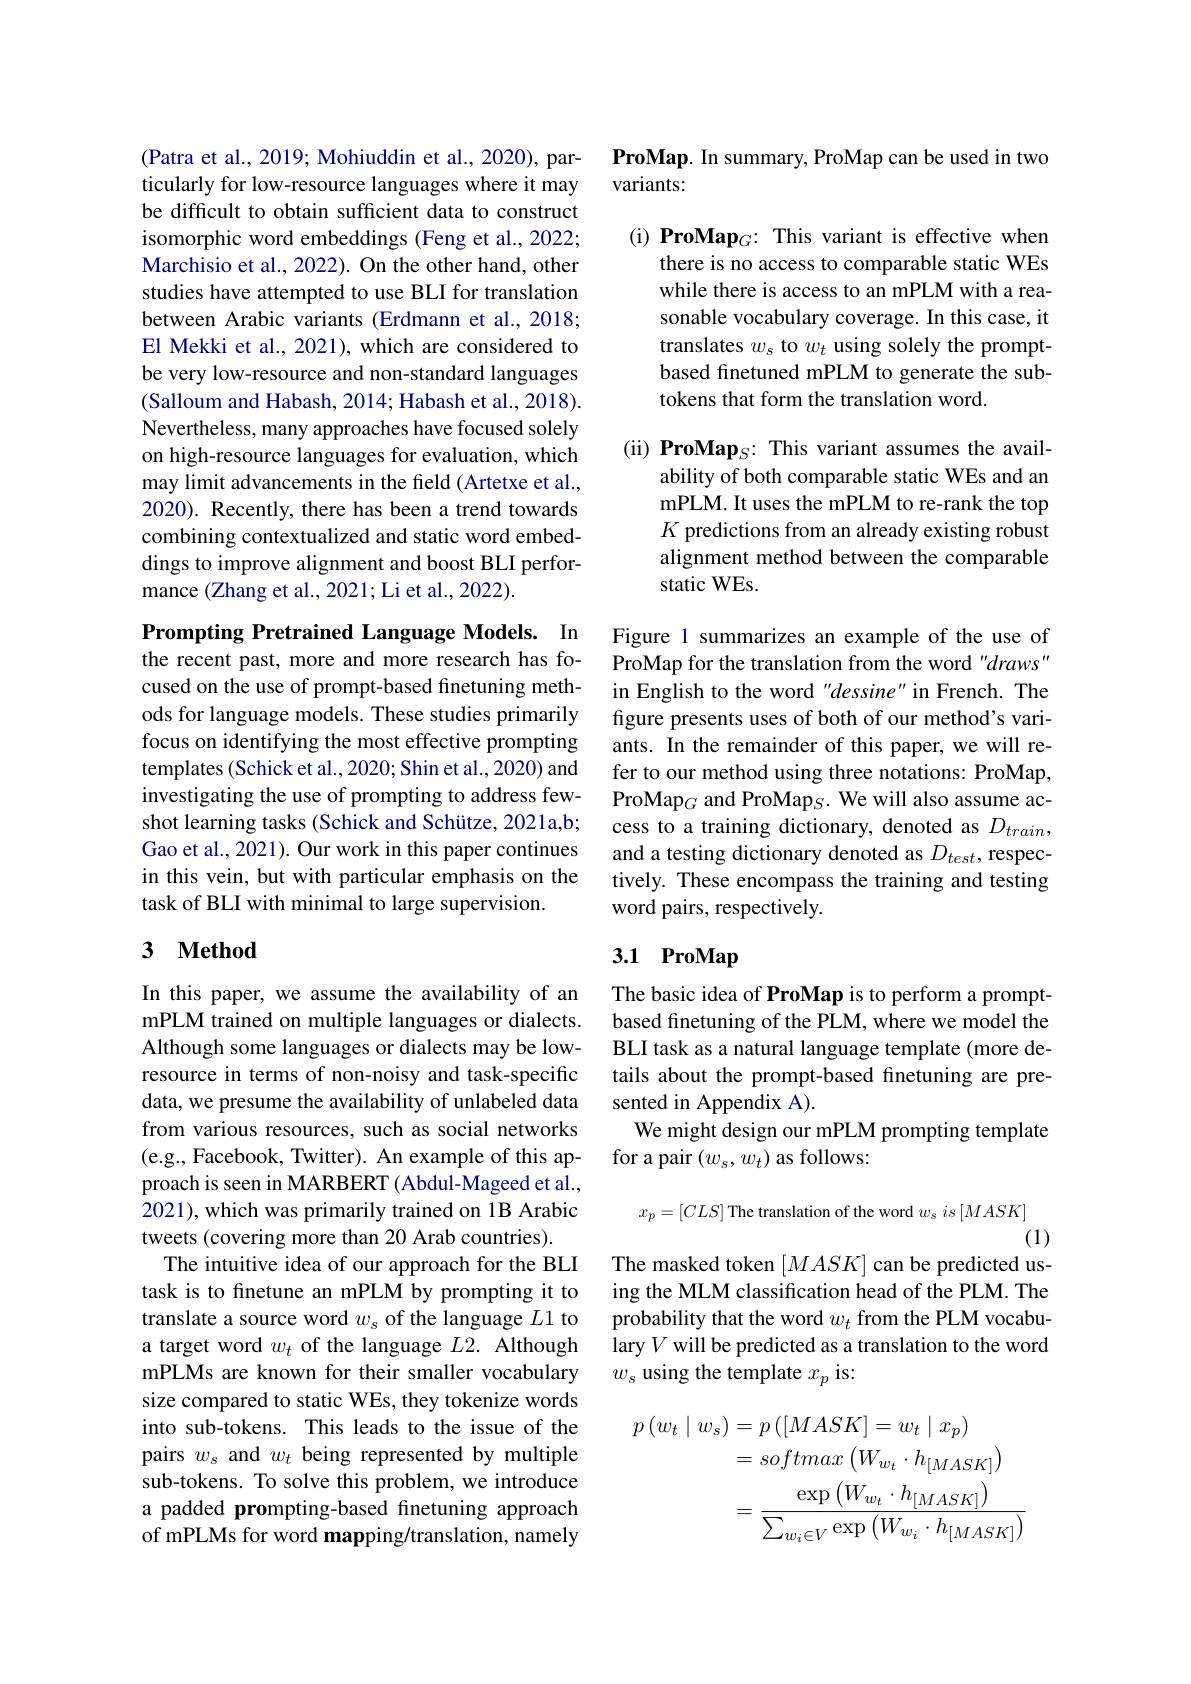
(Patra et al., 2019; Mohiuddin et al., 2020), particularly for low-resource languages where it may be difficult to obtain sufficient data to construct isomorphic word embeddings (Feng et al., 2022; Marchisio et al., 2022). On the other hand, other studies have attempted to use BLI for translation between Arabic variants (Erdmann et al., 2018; El Mekki et al., 2021), which are considered to be very low-resource and non-standard languages (Salloum and Habash, 2014; Habash et al., 2018). Nevertheless, many approaches have focused solely on high-resource languages for evaluation, which may limit advancements in the feld (Artetxe et al., 2020). Recently, there has been a trend towards combining contextualized and static word embeddings to improve alignment and boost BLI performance (Zhang et al., 2021; Li et al., 2022).

Prompting Pretrained Language Models. In

the recent past, more and more research has focused on the use of prompt-based finetuning methods for language models. These studies primarily focus on identifying the most effective prompting templates (Schick et al., 2020; Shin et al., 2020) and investigating the use of prompting to address fewshot learning tasks (Schick and Schütze, 2021a,b; Gao et al., 2021). Our work in this paper continues in this vein, but with particular emphasis on the task of BLI with minimal to large supervision.

### 3 $\mathbf{Method}$

In this paper, we assume the availability of an mPLM trained on multiple languages or dialects. Although some languages or dialects may be lowresource in terms of non-noisy and task-specific data, we presume the availability of unlabeled data from various resources, such as social networks (e.g., Facebook, Twitter). An example of this approach is seen in MARBERT (Abdul-Mageed et al., 2021), which was primarily trained on 1B Arabic tweets (covering more than 20 Arab countries).
The intuitive idea of our approach for the BLI task is to finetune an mPLM by prompting it to translate a source word $w_s$ of the language $L1$ to a target word $w_t$ of the language $L2.$ Although mPLMs are known for their smaller vocabulary size compared to static WEs, they tokenize words into sub-tokens. This leads to the issue of the pairs $w_s$ and $w_t$ being represented by multiple sub-tokens. To solve this problem, we introduce a padded prompting-based finetuning approach of mPLMs for word mapping/translation, namely

ProMap. In summary, ProMap can be used in two
variants:

(i) ProMap$_G:$ This variant is effective when
there is no access to comparable static WEs while there is access to an mPLM with a reasonable vocabulary coverage. In this case, it translates $w_s$ to $w_t$ using solely the promptbased finetuned mPLM to generate the subtokens that form the translation word.

(ii) ProMap$_S:$ This variant assumes the avail-
ability of both comparable static WEs and an mPLM. It uses the mPLM to re-rank the top $K$ predictions from an already existing robust alignment method between the comparable static WEs.

Figure 1 summarizes an example of the use of ProMap for the translation from the word "draws" in English to the word "dessine" in French. The figure presents uses of both of our method's variants. In the remainder of this paper, we will refer to our method using three notations: ProMap, ProMap$_G$ and ProMap$_S.$ We will also assume access to a training dictionary, denoted as $D_{train}$, and a testing dictionary denoted as $D_{test}$, respectively. These encompass the training and testing word pairs, respectively.

## 3.1 ProMap

The basic idea of ProMap is to perform a promptbased finetuning of the PLM, where we model the BLI task as a natural language template (more details about the prompt-based fnetuning are presented in Appendix A).
We might design our mPLM prompting template
for a pair $(w_s,w_t)$ as follows:
$$x_p=[CLS]\:\text{The translation of the word}\:w_s\:is\:[MASK]$$
(1)
The masked token $[MASK]$ can be predicted us-

ing the MLM classification head of the PLM. The probability that the word $w_t$ from the PLM vocabulary $V$ will be predicted as a translation to the word $w_{s}$ using the template $x_p$ is:
$$\begin{aligned}p\left(w_{t}\mid w_{s}\right)&=p\left([MASK]=w_{t}\mid x_{p}\right)\\&=softmax\left(W_{w_{t}}\cdot h_{[MASK]}\right)\\&=\frac{\exp\left(W_{w_{t}}\cdot h_{[MASK]}\right)}{\sum_{w_{i}\in V}\exp\left(W_{w_{i}}\cdot h_{[MASK]}\right)}\end{aligned}$$